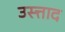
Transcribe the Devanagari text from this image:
उस्त्ताद